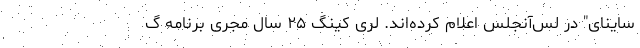
ساینای" در لس‌آنجلس اعلام کرده‌اند. لری کینگ ۲۵ سال مجری برنامه گ